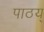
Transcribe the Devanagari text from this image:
पाठय्